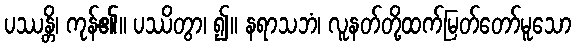
ပဿန္တိ၊ ကုန်၏။ ပဿိတွာ၊ ၍။ နရာသဘံ၊ လူနတ်တို့ထက်မြတ်တော်မူသော